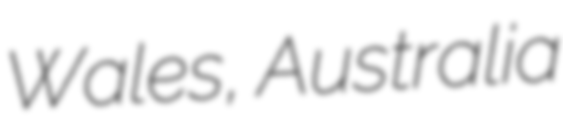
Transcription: Wales, Australia